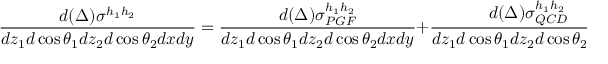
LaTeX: \frac { d ( \Delta ) \sigma ^ { h _ { 1 } h _ { 2 } } } { d z _ { 1 } d \cos \theta _ { 1 } d z _ { 2 } d \cos \theta _ { 2 } d x d y } = \frac { d ( \Delta ) \sigma _ { P G F } ^ { h _ { 1 } h _ { 2 } } } { d z _ { 1 } d \cos \theta _ { 1 } d z _ { 2 } d \cos \theta _ { 2 } d x d y } + \frac { d ( \Delta ) \sigma _ { Q C D } ^ { h _ { 1 } h _ { 2 } } } { d z _ { 1 } d \cos \theta _ { 1 } d z _ { 2 } d \cos \theta _ { 2 } d x d y } ~ .